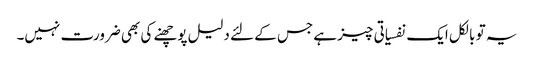
یہ تو بالکل ایک نفسیاتی چیز ہے جس کے لئے دلیل پوچھنے کی بھی ضرورت نہیں۔